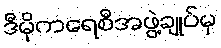
ဒီမိုကရေစီအဖွဲ့ချုပ်မှ